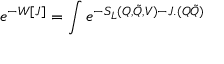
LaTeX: e ^ { - W [ J ] } = \int e ^ { - S _ { L } ( Q , \tilde { Q } , V ) - J . ( Q \tilde { Q } ) }